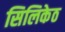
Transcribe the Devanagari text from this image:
सिलिकेठ